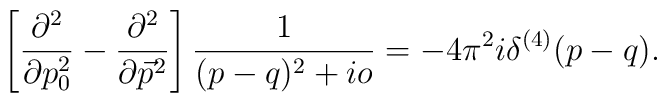
\left[\frac{\partial^2}{\partial p_0^2}-\frac{\partial^2}{\partial\vec p^2} \right]\frac{1}{(p-q)^2+io} = -4\pi^2i\delta^{(4)}(p-q).